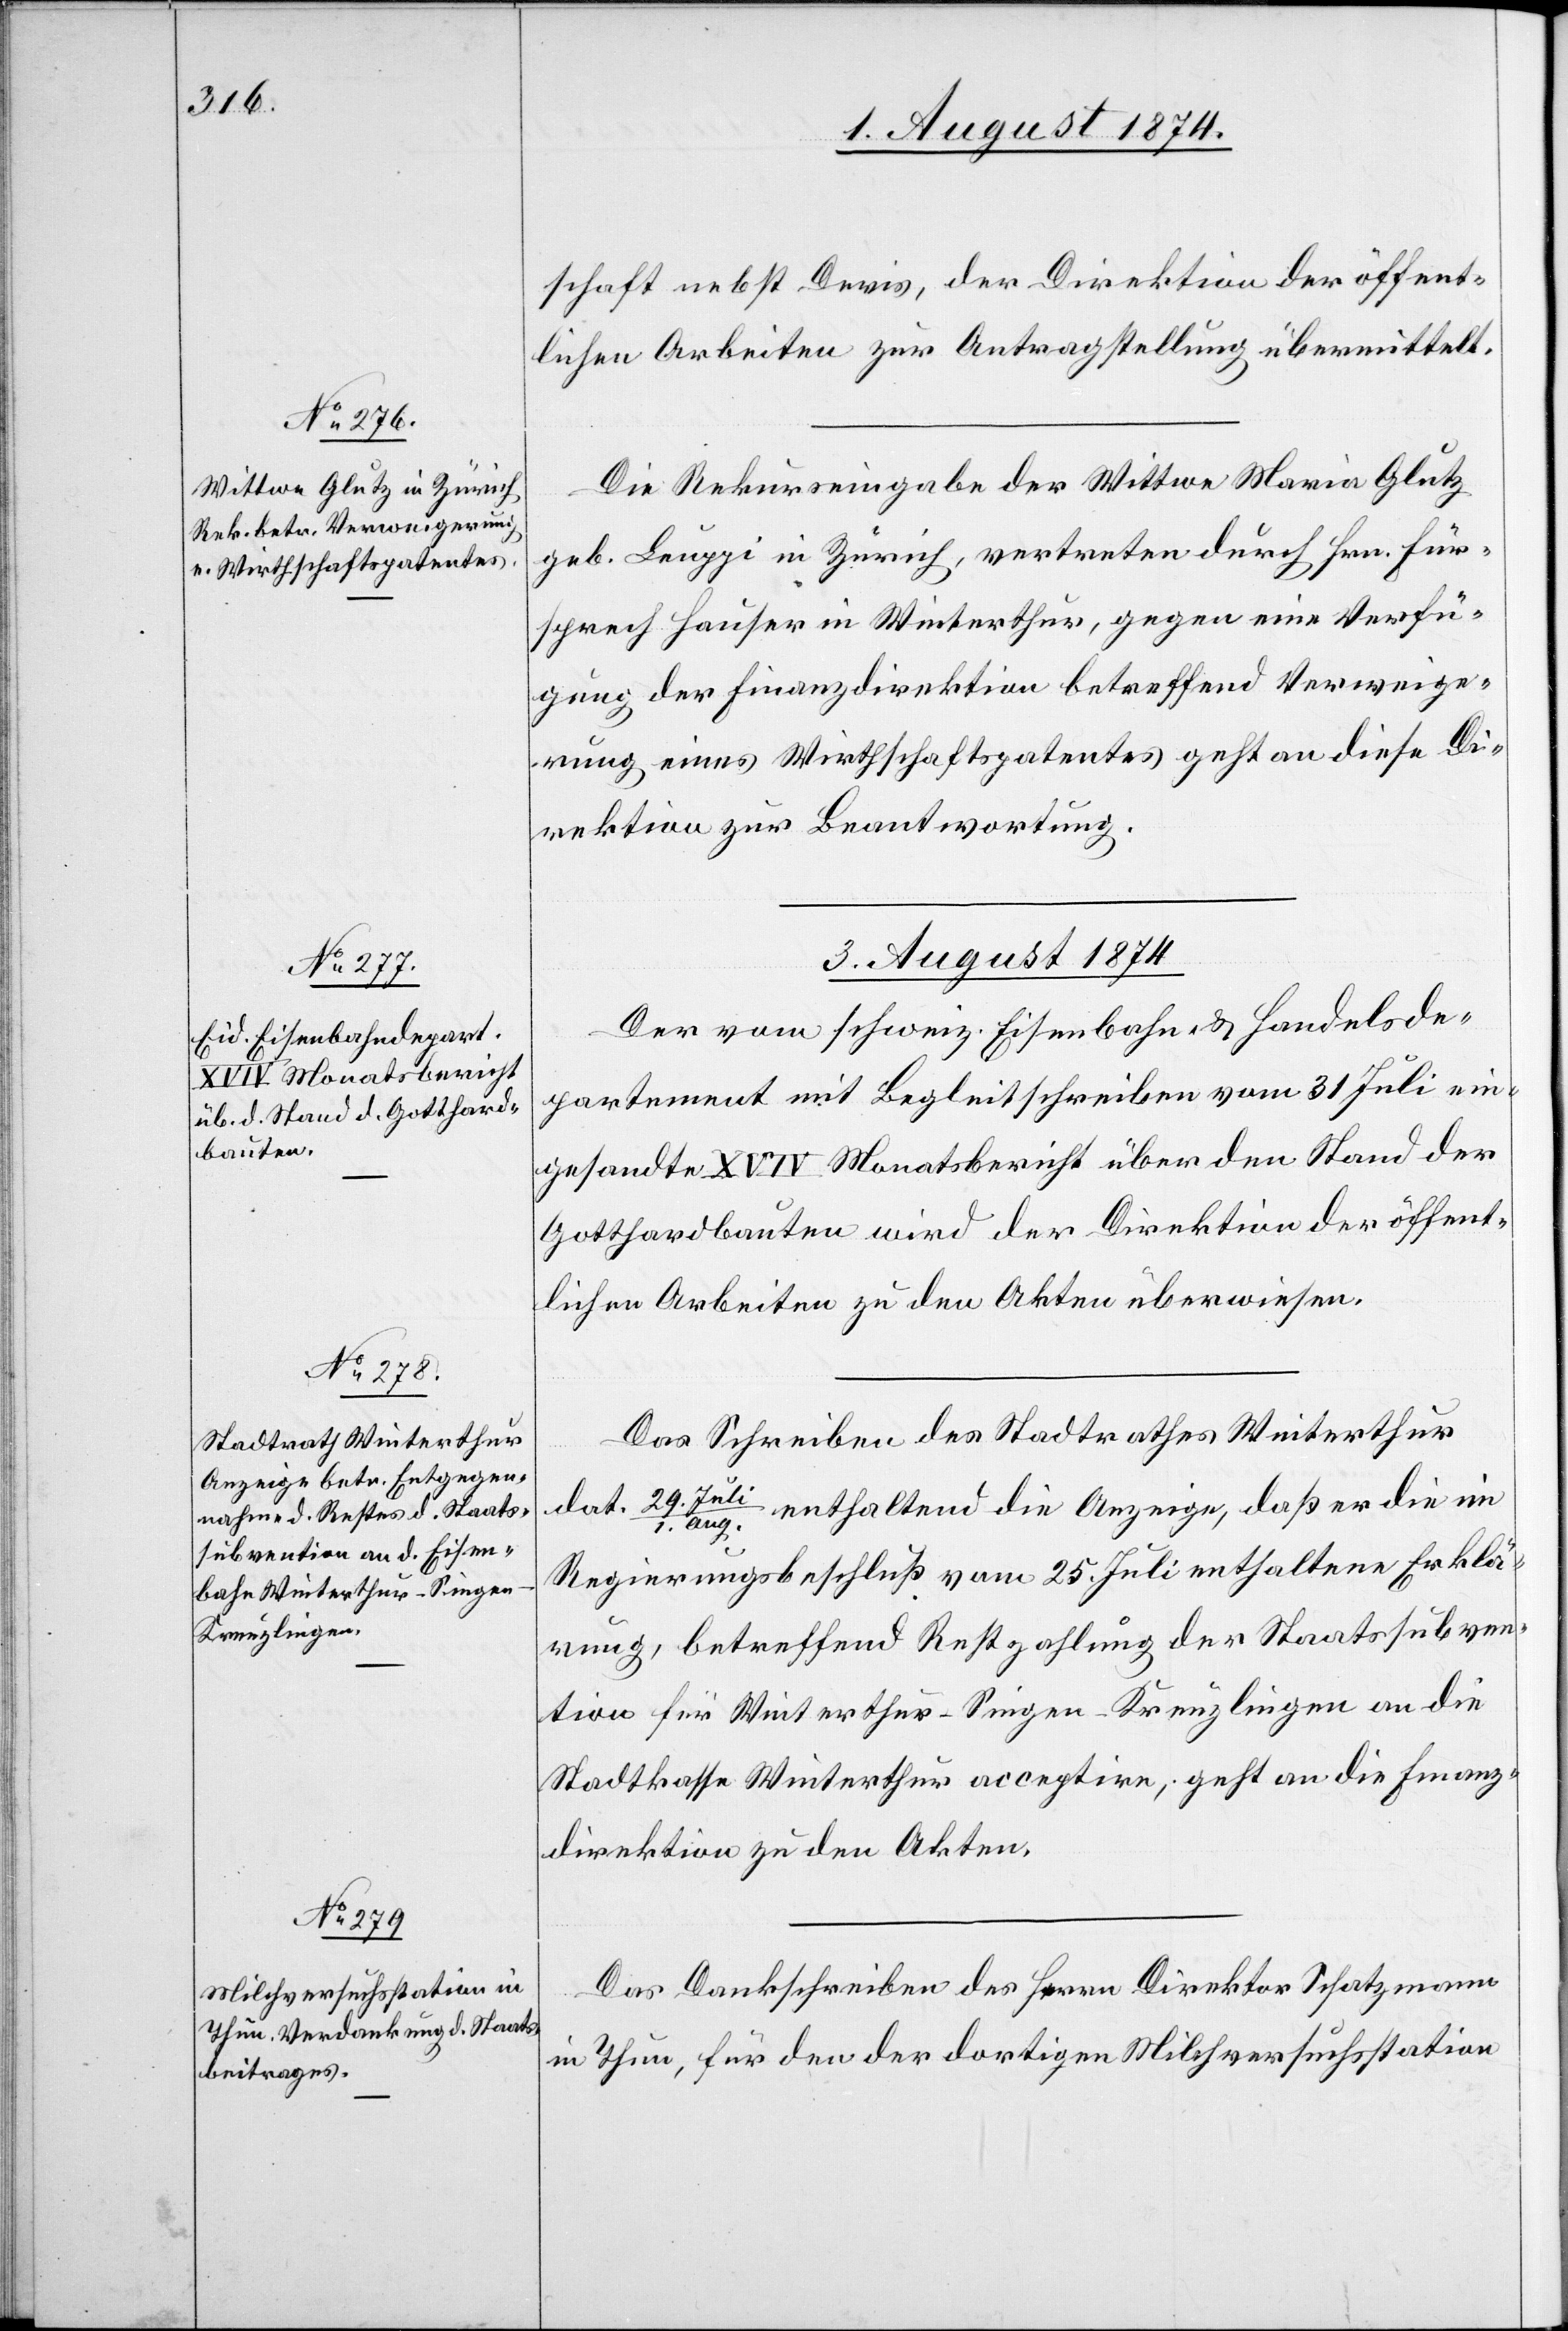
1. August 1874.]
schaft nebst Devis, der Direktion der öffent¬
lichen Arbeiten zur Antragstellung übermittelt.
Die Rekurseingabe der Wittwe Maria Glutz
geb. Lauppi in Zürich, vertreten durch Hrn. Für¬
sprech Hauser in Winterthur, gegen eine Verfü¬
gung der Finanzdirektion betreffend Verweige¬
rung eines Wirthschaftspatentes geht an diese Di¬
rektion zur Beantwortung.
3. August 1874.]
Der vom schweiz. Eisenbahn- u. Handelsde¬
partement mit Begleitschreiben vom 31. Juli ein¬
gesandte XVIV Monatsbericht über den Stand der
Gotthardbauten wird der Direktion der öffent¬
lichen Arbeiten zu den Akten überwiesen.
Das Schreiben des Stadtrathes Winterthur
dat. 29.
Aug. enthaltend die Anzeige, daß er die im
Regierungsbeschluß vom 25. Juli enthaltene Erklä¬
rung, betreffend Restzahlung der Staatssubven¬
tion für Winterthur–Singen–Kreuzlingen an die
Stadtkasse Winterthur acceptire, geht an die Finanz¬
direktion zu den Akten.
Das Dankschreiben des Herrn Direktor Schatzmann
in Thun, für den der dortigen Milchversuchsstation